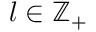
l \in \mathbb { Z } _ { + }